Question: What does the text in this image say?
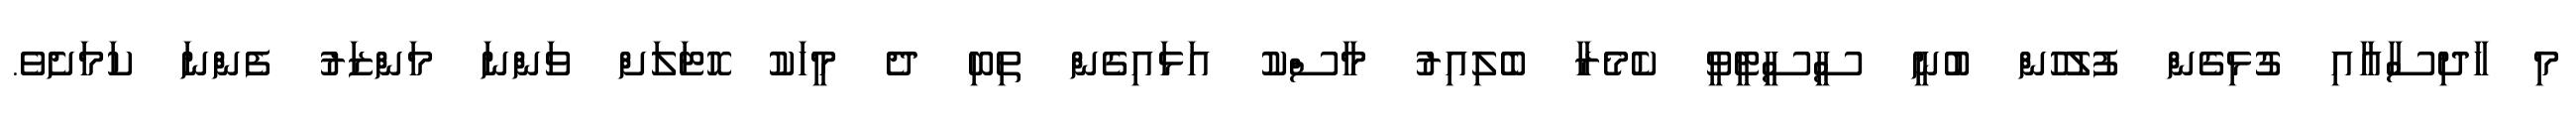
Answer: މި ހާދިސާއާއި ގުޅިގެން ފުލުހުން ބުނީ ސީސީޓީވީ ކެމެރާ ބެލިއިރު މާސްކު އަޅައިގެން ތިބި ދެ މީހަކު ހޮޓަލަށް ވަންނަ މަންޒަރު ފެންނަ ކަމަށެވެ.